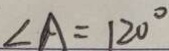
\angle A = 1 2 0 ^ { \circ }